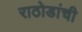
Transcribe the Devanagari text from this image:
राठोडांची